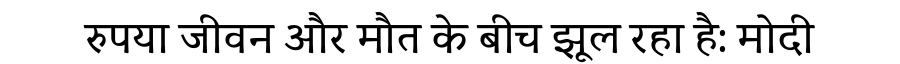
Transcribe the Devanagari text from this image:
रुपया जीवन और मौत के बीच झूल रहा है: मोदी